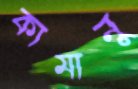
কামানু